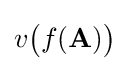
v{\big (}f(\mathbf {A} ){\big )}